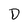
Character: D